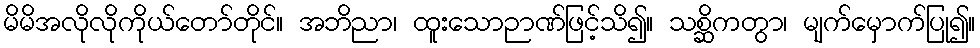
မိမိအလိုလိုကိုယ်တော်တိုင်။ အဘိညာ၊ ထူးသောဉာဏ်ဖြင့်သိ၍။ သစ္ဆိကတွာ၊ မျက်မှောက်ပြု၍။